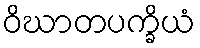
ဝိဃာတပက္ခိယံ